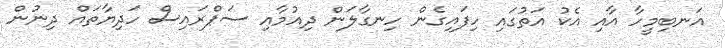
އަނބިމީހާ އާއި އެކު އަތުގައި ހިފައިގެން ހިނގާލަން ދިއުމާއި ސަޕްރައިސް ހަދިޔާތައް ދިނުން